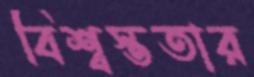
বিশ্বস্ততার